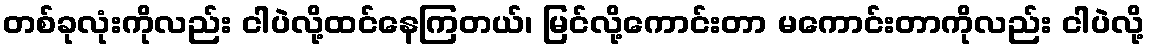
တစ်ခုလုံးကိုလည်း ငါပဲလို့ထင်နေကြတယ်၊ မြင်လို့ကောင်းတာ မကောင်းတာကိုလည်း ငါပဲလို့